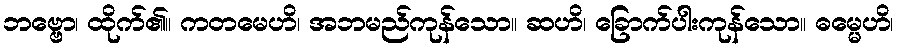
ဘဗ္ဗော၊ ထိုက်၏။ ကတမေဟိ၊ အဘမည်ကုန်သော။ ဆဟိ၊ ခြောက်ပါးကုန်သော။ ဓမ္မေဟိ၊